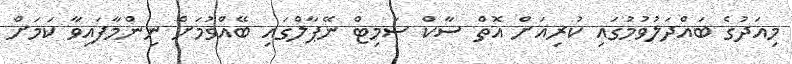
މިއަދުގެ ބައްދަލުވުމުގައި ކުރިއަށް އޮތް ސާކް ސަމިޓް ނޭޕާލްގައި ބޭއްވުމަށް ނިންމާފައިވާ ކަމަށް